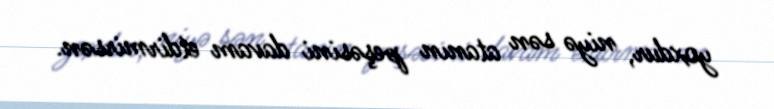
yoxdur, niyə sən atanın peşəsini davam etdirmirsən.